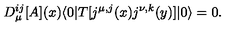
D _ { \mu } ^ { i j } [ A ] ( x ) \langle 0 | T [ j ^ { \mu , j } ( x ) j ^ { \nu , k } ( y ) ] | 0 \rangle = 0 .